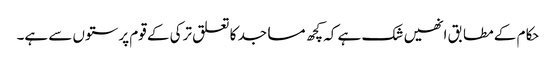
حکام کے مطابق انھیں شک ہے کہ کچھ مساجد کا تعلق ترکی کے قوم پرستوں سے ہے۔